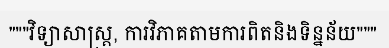
"""វិទ្យាសាស្ត្រ, ការវិភាគតាមការពិតនិងទិន្នន័យ"""